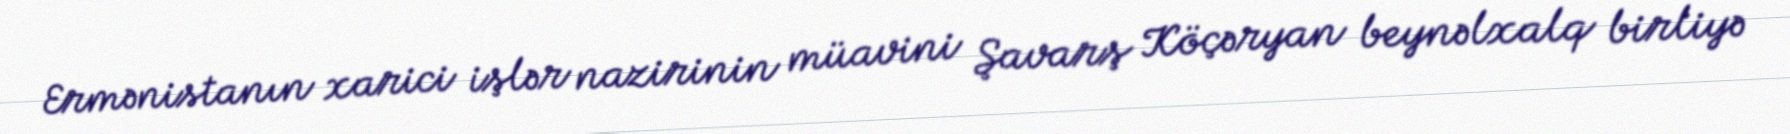
Ermənistanın xarici işlər nazirinin müavini Şavarş Köçəryan beynəlxalq birliyə